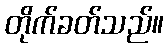
တိုက်ခတ်သည်။